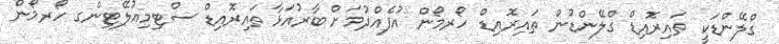
ގްލޭންޑަކީ ތައިރޮއިޑް ގްލޭންޑުން ތައިރޮއިޑް ހޯރމޯން އުފެއްދުމަށް ބާރުއަޅާ ތައިރޮއިޑް ސްޓިމިއުލޭޓިންގ ހޯރމޯން